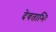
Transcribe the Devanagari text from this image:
देवताभिः